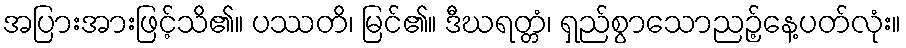
အပြားအားဖြင့်သိ၏။ ပဿတိ၊ မြင်၏။ ဒီဃရတ္တံ၊ ရှည်စွာသောညဉ့်နေ့ပတ်လုံး။